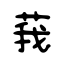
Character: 莪